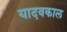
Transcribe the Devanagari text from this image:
यादवकाल